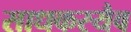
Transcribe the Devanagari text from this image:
साधकस्यैव